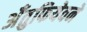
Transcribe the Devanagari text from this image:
अँतुफियेवने